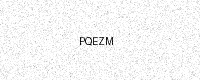
Text: PQEZM